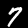
Label: 7